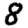
Digit: 8